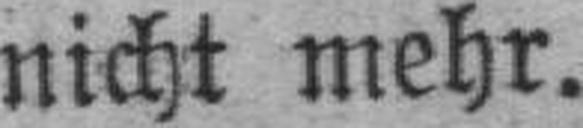
nicht mehr.